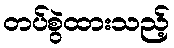
တပ်စွဲထားသည့်